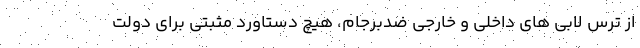
از ترس لابی های داخلی و خارجی ضدبرجام، هیچ دستاورد مثبتی برای دولت